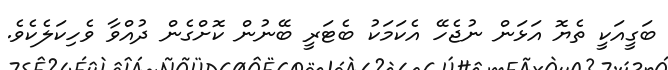
ބަގީއަކީ ތެޔޮ އަޅަން ނުޖެހޭ އެކަމަކު ބެޓަރީ ބޭނުން ކޮށްގެން ދުއްވާ ވެހިކަލެކެވެ.